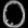
Digit: ၀